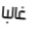
غالبا